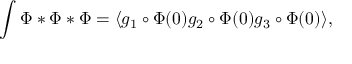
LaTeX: \int \Phi * \Phi * \Phi = \langle g _ { 1 } \circ \Phi ( 0 ) g _ { 2 } \circ \Phi ( 0 ) g _ { 3 } \circ \Phi ( 0 ) \rangle ,